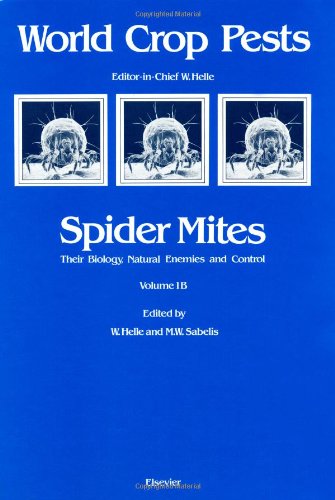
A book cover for Spider Mites, Volume 1B; Gerard Meurant; Science & Math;